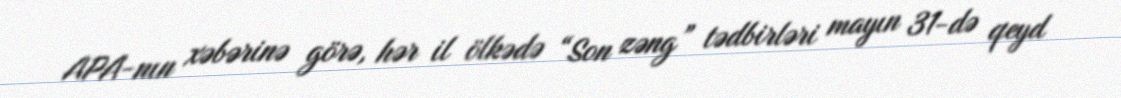
APA-nın xəbərinə görə, hər il ölkədə “Son zəng” tədbirləri mayın 31-də qeyd